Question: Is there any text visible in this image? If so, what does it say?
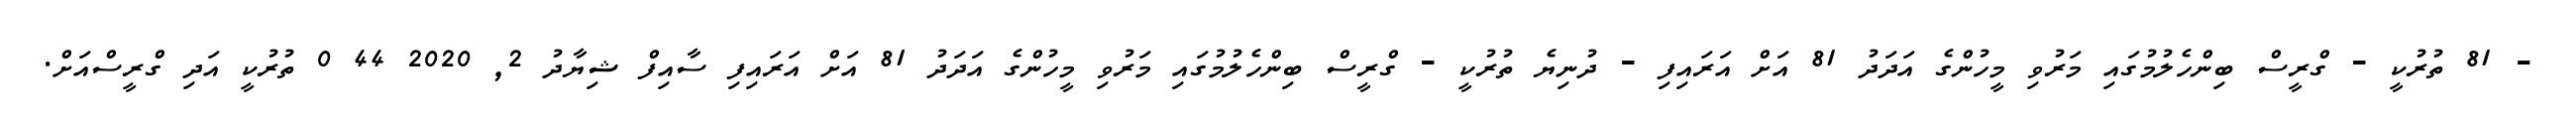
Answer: - 81 ތުރުކީ - ގްރީސް ބިންހެލުމުގައި މަރުވި މީހުންގެ އަދަދު 81 އަށް އަރައިފި - ދުނިޔެ ތުރުކީ - ގްރީސް ބިންހެލުމުގައި މަރުވި މީހުންގެ އަދަދު 81 އަށް އަރައިފި ސާއިފް ޝިޔާދު 2, 2020 44 0 ތުރުކީ އަދި ގްރީސްއަށް.